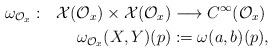
LaTeX: \begin{align*}\omega_{\mathcal{O}_x}: \ \ \mathcal{X}(\mathcal{O}_x)\times \mathcal{X}(\mathcal{O}_x)&\longrightarrow C^\infty(\mathcal{O}_x)\\\omega_{\mathcal{O}_x}(X,Y)(p)&:=\omega(a,b)(p),\end{align*}